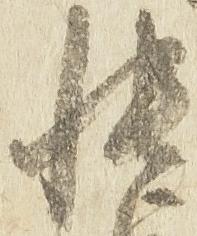
帳